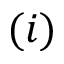
( i )